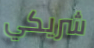
شريكي